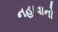
નહાવાનો